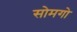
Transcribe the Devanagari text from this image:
सोमगो